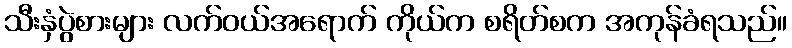
သီးနှံပွဲစားများ လက်ဝယ်အရောက် ကိုယ်က စရိတ်စက အကုန်ခံရသည်။